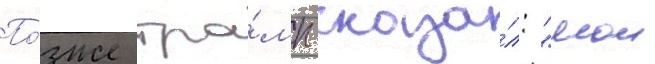
По́зже тра́мп сказа́л: "мои